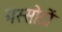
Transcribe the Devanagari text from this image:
मस्सोदों